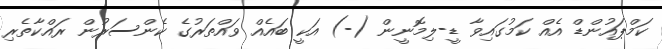
ކަމްޕައުންޑް އެއް ކަމުގައިވާ ޑީ-ލިމޮނީން (-) އަކީ ބައެއް ވައްތަރުގެ ކެންސަރުން ރައްކާތެރި